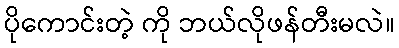
ပိုကောင်းတဲ့ ကို ဘယ်လိုဖန်တီးမလဲ။